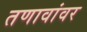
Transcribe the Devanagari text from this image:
तणावांवर